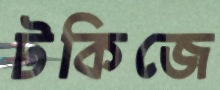
টকিজে